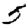
Digit: 5